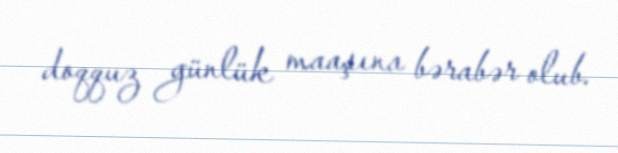
doqquz günlük maaşına bərabər olub.